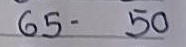
65 - 50